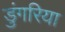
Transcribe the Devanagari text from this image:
डुंगरिया